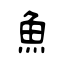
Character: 魚